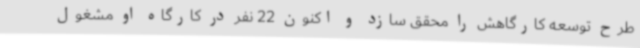
طرح توسعه کارگاهش را محقق سازد و اکنون 22 نفر در کارگاه او مشغول